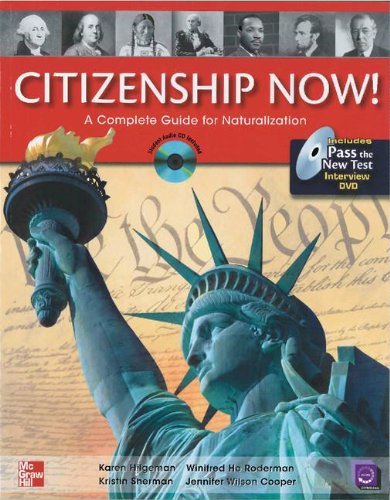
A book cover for Citizenship Now! Student Book with Pass the Interview DVD and Audio CD: A Complete Guide for Naturalization; Karen Hilgeman; Test Preparation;